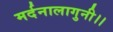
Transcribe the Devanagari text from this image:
मर्दनालागुनी।।